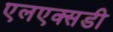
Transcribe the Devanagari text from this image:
एलएक्सडी